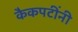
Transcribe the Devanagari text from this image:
कैकपटींनी